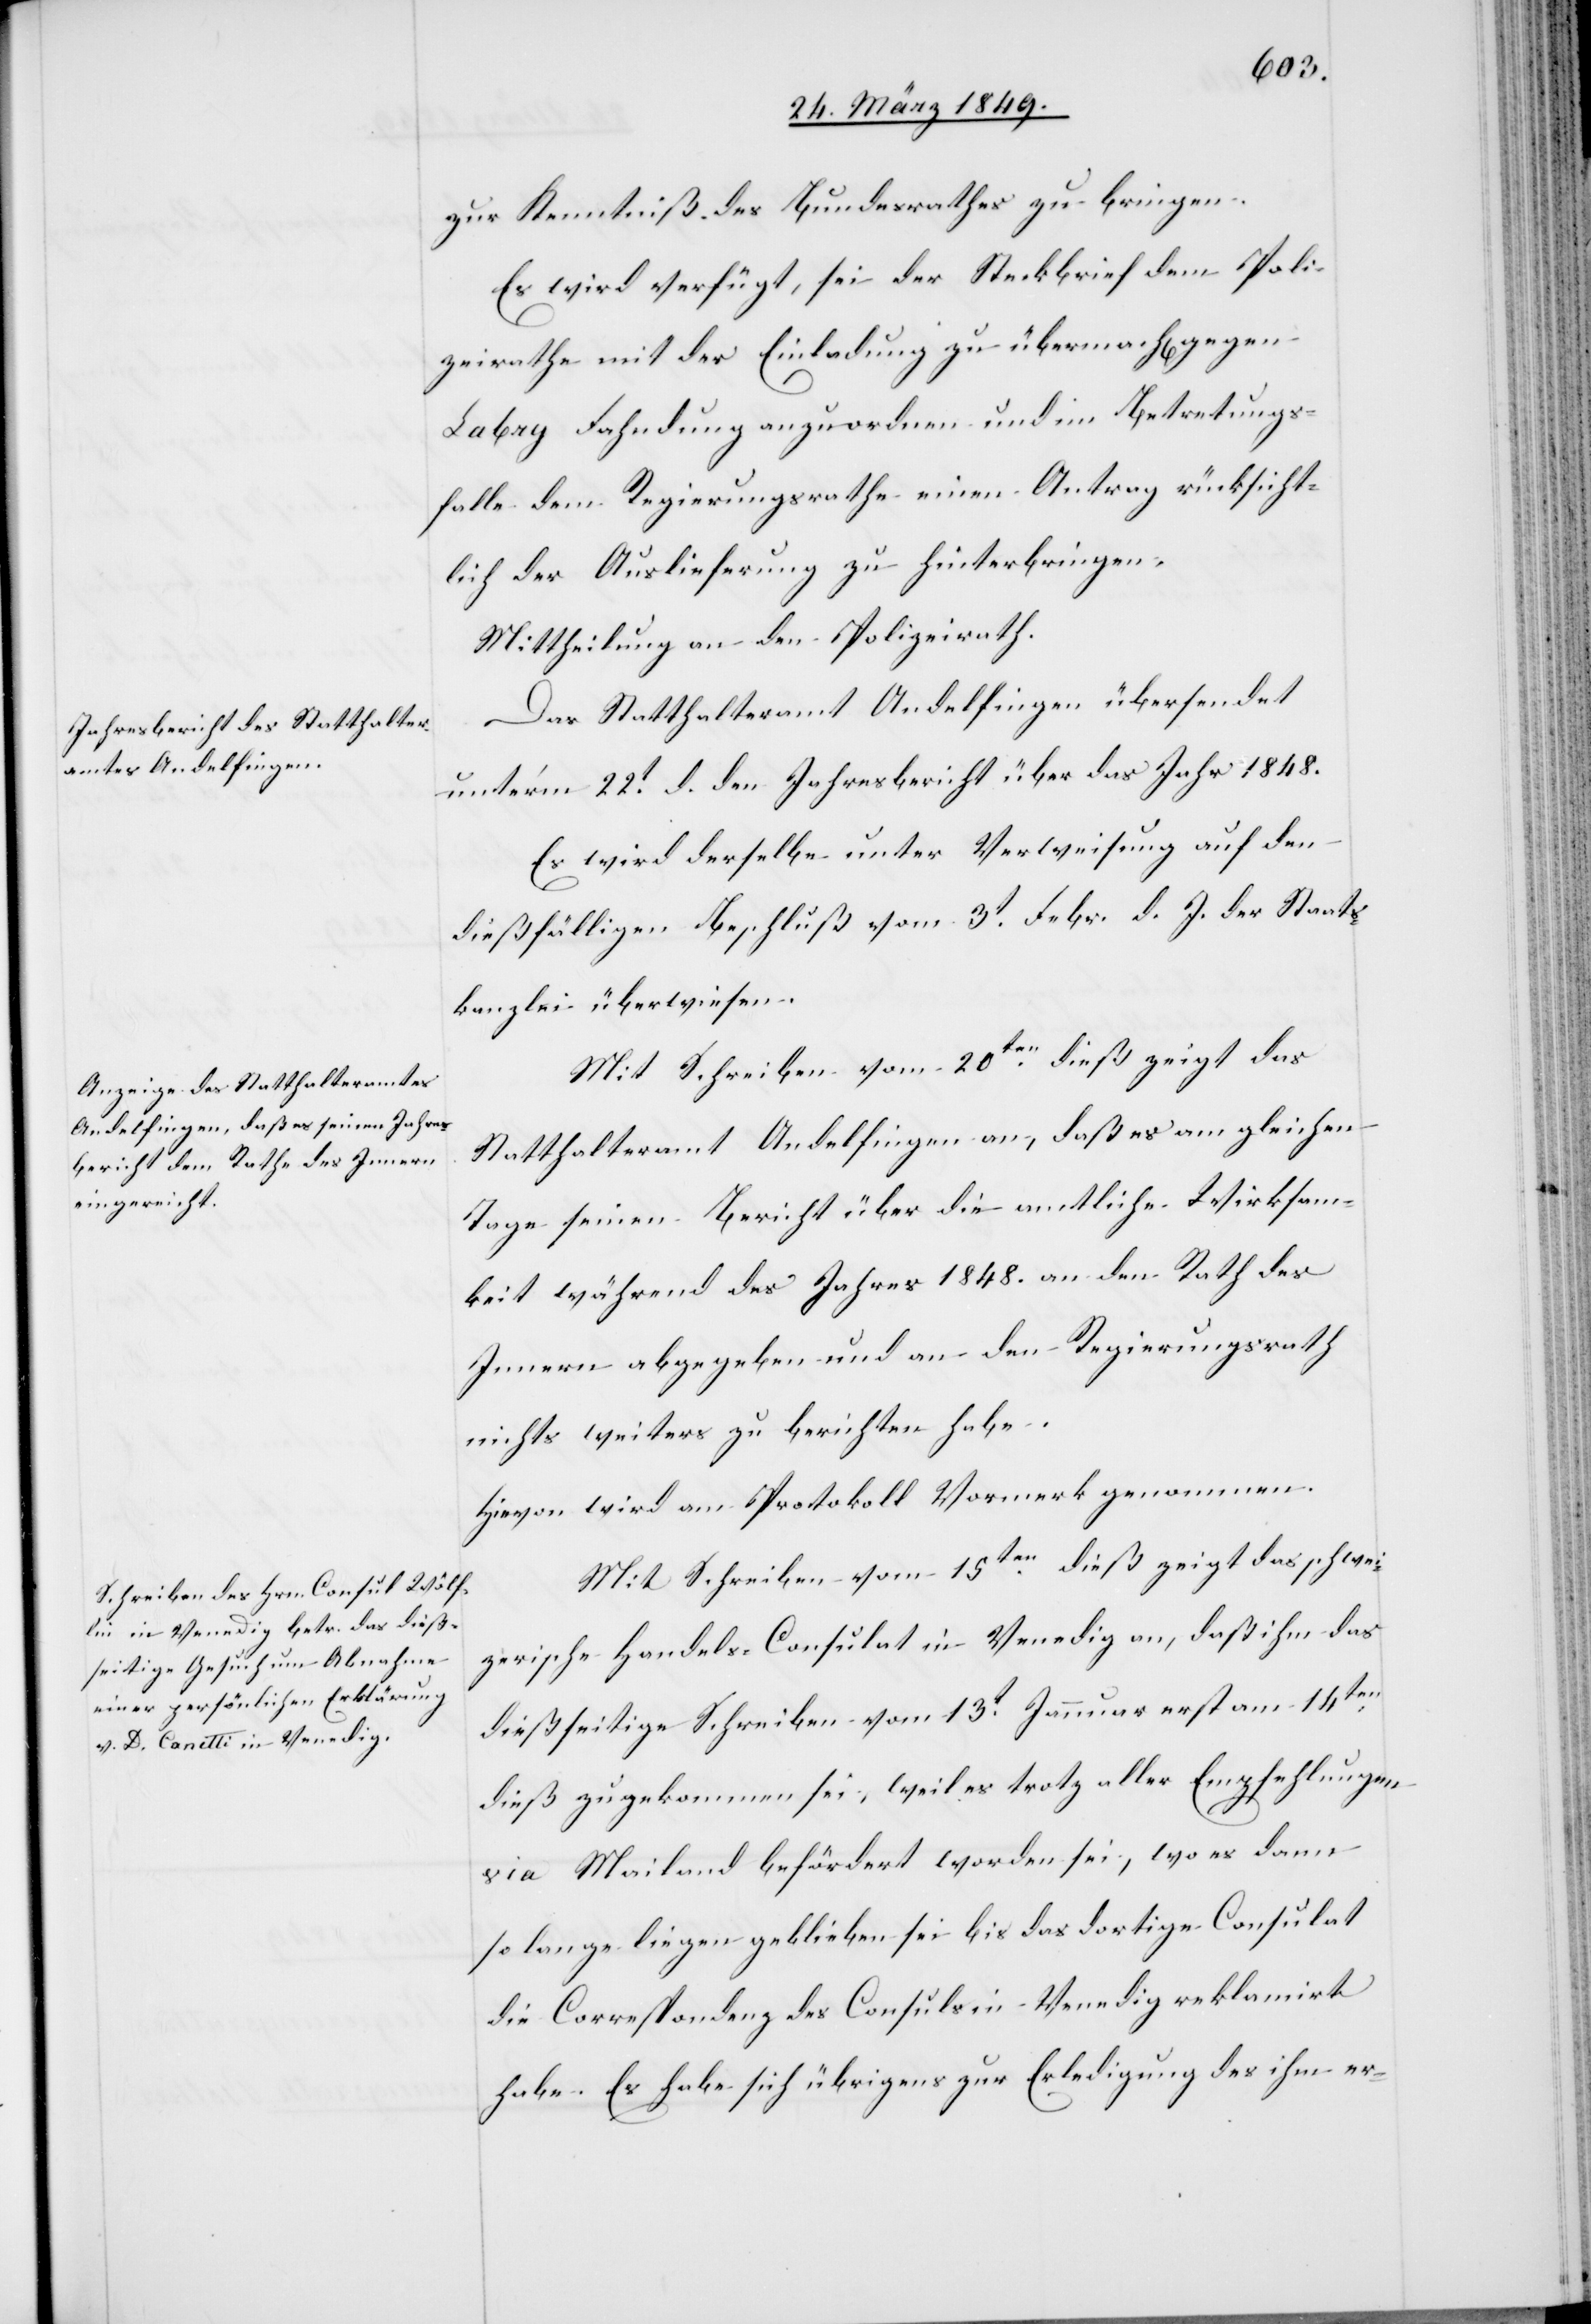
25. März 1849.]
zur Kenntniß des Bundesrathes zu bringen.
Es wird verfügt, sei der Steckbrief dem Poli¬
zeirathe mit der Einladung zu übermach[en] gegen
Labry Fahndung anzuordnen und im Betretungs¬
falle dem Regierungsrathe einen Antrag rücksicht¬
lich der Auslieferung zu hinterbringen.
Mittheilung an den Polizeirath.
Das Statthalteramt Andelfingen übersendet
unter’m 22t. d. den Jahresbericht über das Jahr 1848.
Es wird derselbe unter Verweisung auf den
dießfälligen Beschluß vom 3t. Febr. d. J. der Staats¬
kanzlei überwiesen.
Mit Schreiben vom 20ten. dieß zeigt das
Statthalteramt Andelfingen an, daß es am gleichen
Tage seinen Bericht über die amtliche Wirksam¬
keit während des Jahres 1848. an den Rath des
Innern abgegeben und an den Regierungsrath
nichts weiters zu berichten habe.
Hievon wird am Protokoll Vormerk genommen.
Mit Schreiben vom 15ten. dieß zeigt das schwei¬
zerische Handels-Consulat in Venedig an, daß ihm das
dießseitige Schreiben vom 13t. Jannuar erst am 14ten.
dieß zugekommen sei, weil es trotz aller Empfehlungen
via Mailand befördert worden sei, wo es dann
so lange liegen geblieben sei bis das dortige Consulat
die Correspondenz des Consuls in Venedig reklamirt
[recte: Er] habe sich übrigens zur Erledigung des ihm er-